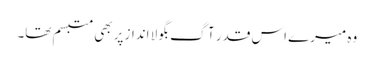
وہ میرے اس قدر آگ بگولا انداز پربھی متبسم تھا۔